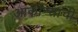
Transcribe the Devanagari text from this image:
आर्कान्साची